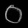
Digit: ၀